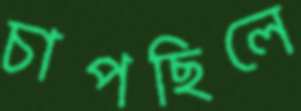
চাপছিলে